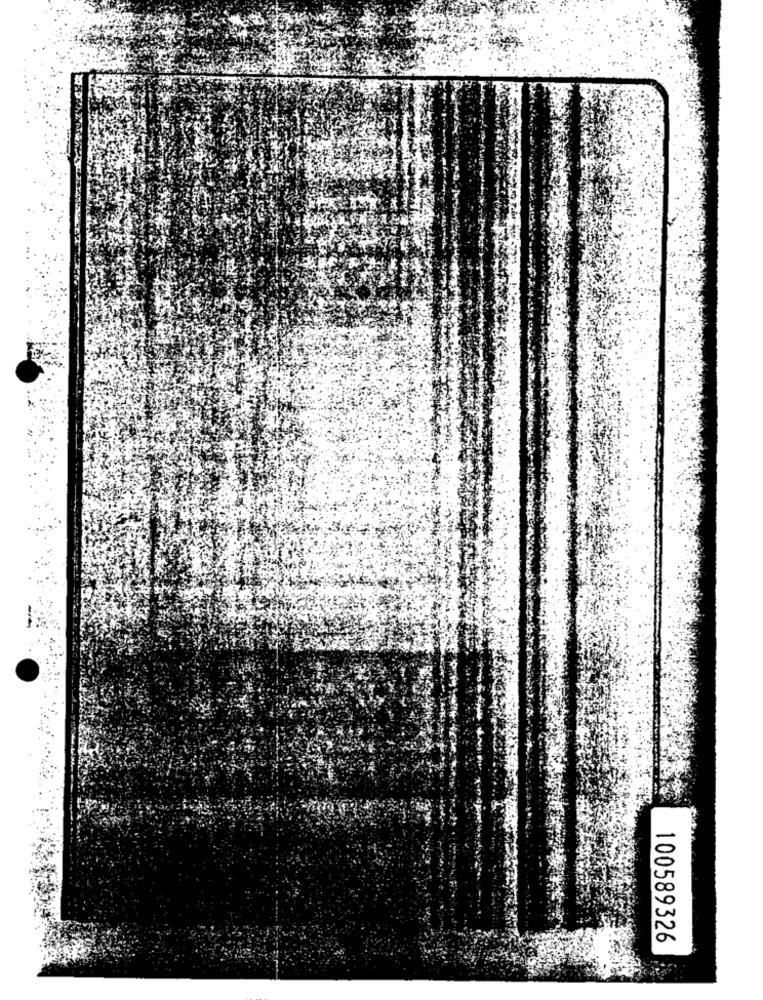
100589326